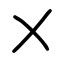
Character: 㐅